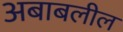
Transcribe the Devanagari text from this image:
अबाबलील